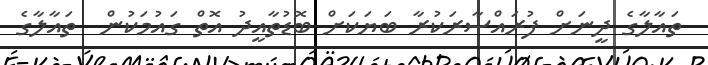
ތައާލާގެ ދީނަށް ފުރައްސާރަކުރާ ބަޔަކަށް ބޮޑުތާއީދު އޮތް ގައުމަކުން  ތައާލާގެ